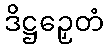
ဒိဋ္ဌဉှေတံ